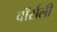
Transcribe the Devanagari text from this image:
वॉर्सली